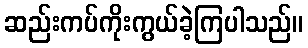
ဆည်းကပ်ကိုးကွယ်ခဲ့ကြပါသည်။